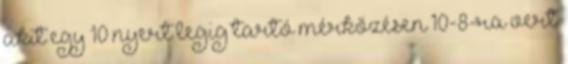
akit egy 10 nyert legig tartó mérkőzésen 10-8-ra vert